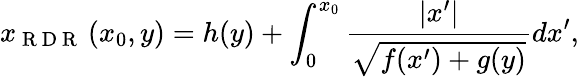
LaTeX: x_{\mathrm{~R~D~R~}}\left(x_{0},y\right)=h(y)+\int_{0}^{x_{0}}\frac{\left|x^{\prime}\right|}{\sqrt{f(x^{\prime})+g(y)}}dx^{\prime},